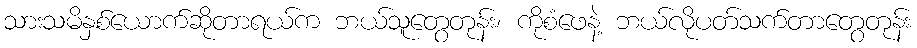
သားသမိနှစ်ယောက်ဆိုတာရယ်က ဘယ်သူတွေတုန်း၊ ကိုစံဖေနဲ့ ဘယ်လိုပတ်သက်တာတွေတုန်း